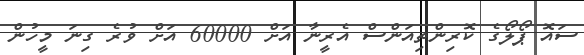
ސައޮ ޕޯލޯގެ ކޮރިންތިއަންސް އެރީނާ އަށް 60000 އަށް ވުރެ ގިނަ މީހުން